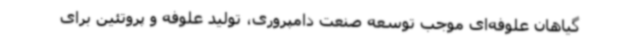
گیاهان علوفه‌ای موجب توسعه صنعت دامپروری، تولید علوفه و پروتئین برای